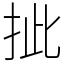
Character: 㧗